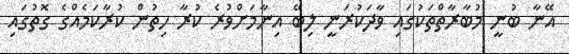
އޭނާ ބުނީ މުބާރާތްތަކުގައި ވާދަކުރަނީ ލިބޭ އިނާމަށްވުރެ ކުރާ ހިތުން ކުރާކަމެއްގެ ގޮތުގައި